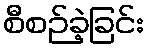
စီစဉ်ခဲ့ခြင်း